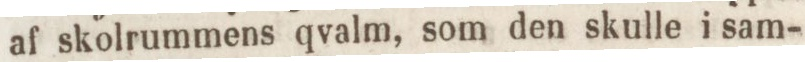
af skolrummens qvalm, som den skulle i sam-